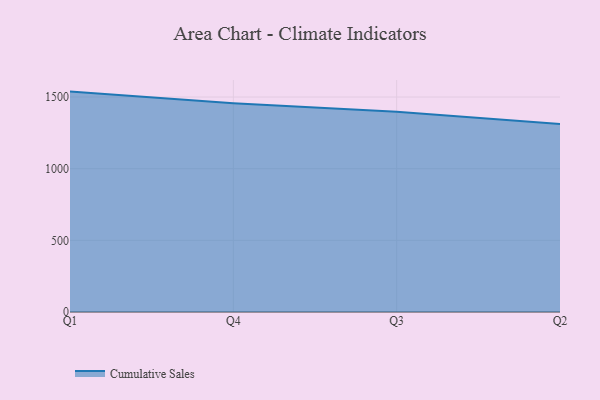
{"axis": {"x": "Quarter", "y": "Waste Production (Tons)"}, "legend": ["Cumulative Sales"], "data": [{"x": "Q1", "y": 1537.8, "type": "Cumulative Sales"}, {"x": "Q4", "y": 1456.3, "type": "Cumulative Sales"}, {"x": "Q3", "y": 1396.8, "type": "Cumulative Sales"}, {"x": "Q2", "y": 1312.5, "type": "Cumulative Sales"}]}